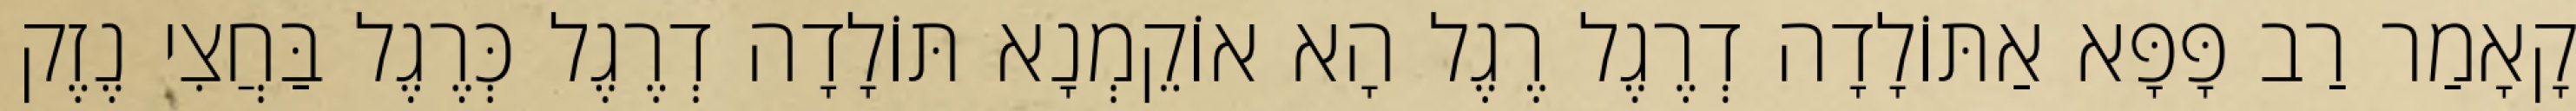
קָאָמַר רַב פָּפָּא אַתּוֹלָדָה דְרֶגֶל רֶגֶל הָא אוֹקֵמְנָא תּוֹלָדָה דְרֶגֶל כְּרֶגֶל בַּחֲצִי נֶזֶק